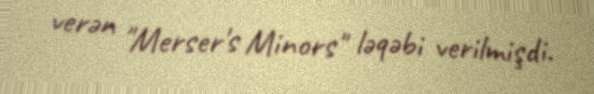
verən "Merser's Minors" ləqəbi verilmişdi.